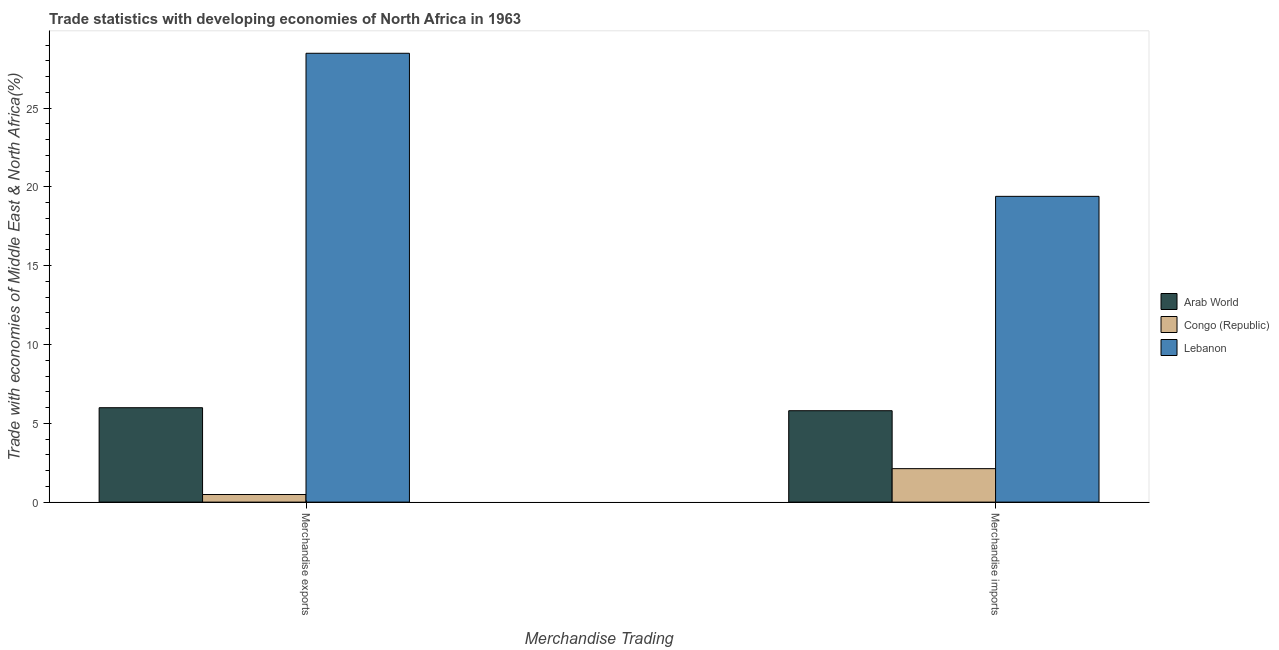
| Merchandise Trading | Arab World | Congo (Republic) | Lebanon |
 | --- | --- | --- | --- |
 | Merchandise exports | 5.99 | 0.482 | 28.5 |
 | Merchandise imports | 5.8 | 2.12 | 19.4 |